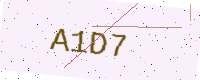
Text: A1D7